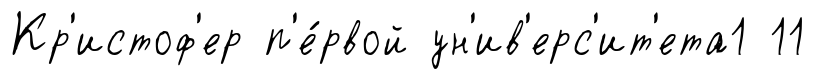
Кр'истоф'ер п'е́рвой ун'ив'ерс'ит'ета1 11